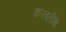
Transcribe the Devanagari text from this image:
करवतींचे